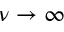
\nu \rightarrow \infty